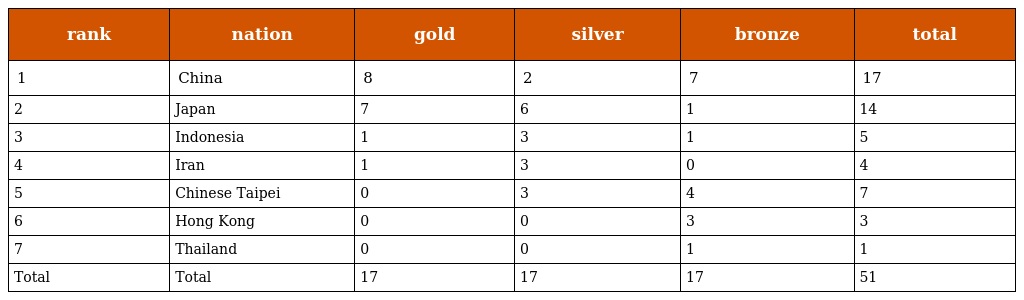
| rank | nation | gold | silver | bronze | total |
 | --- | --- | --- | --- | --- | --- |
 | 1 | China | 8 | 2 | 7 | 17 |
 | 2 | Japan | 7 | 6 | 1 | 14 |
 | 3 | Indonesia | 1 | 3 | 1 | 5 |
 | 4 | Iran | 1 | 3 | 0 | 4 |
 | 5 | Chinese Taipei | 0 | 3 | 4 | 7 |
 | 6 | Hong Kong | 0 | 0 | 3 | 3 |
 | 7 | Thailand | 0 | 0 | 1 | 1 |
 | Total | Total | 17 | 17 | 17 | 51 |